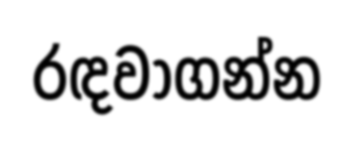
රඳවාගන්න